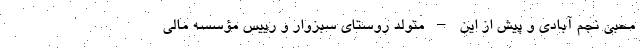
محبی نجم آبادی و پیش از این – متولد روستای سبزوار و رییس مؤسسه مالی